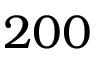
2 0 0